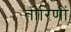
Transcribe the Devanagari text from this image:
तारिणीं